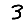
Digit: 3